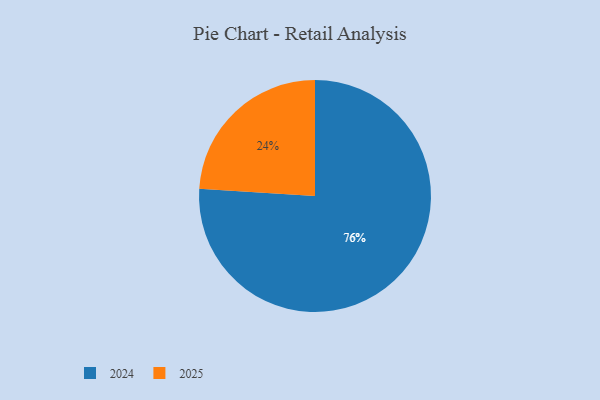
{"axis": {"x": "Category", "y": "Percentage"}, "legend": ["2024", "2025"], "data": [{"x": "2025", "y": 24, "type": "2025"}, {"x": "2024", "y": 76, "type": "2024"}]}